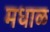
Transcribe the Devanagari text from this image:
मधाळ